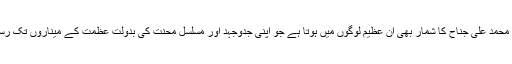
بانی پاکستان قائد اعظم محمد علی جناح کا شمار بھی ان عظیم لوگوں میں ہوتا ہے جو اپنی جدوجہد اور مسلسل محنت کی بدولت عظمت کے میناروں تک رسائی حاصل کرتے ہیں۔